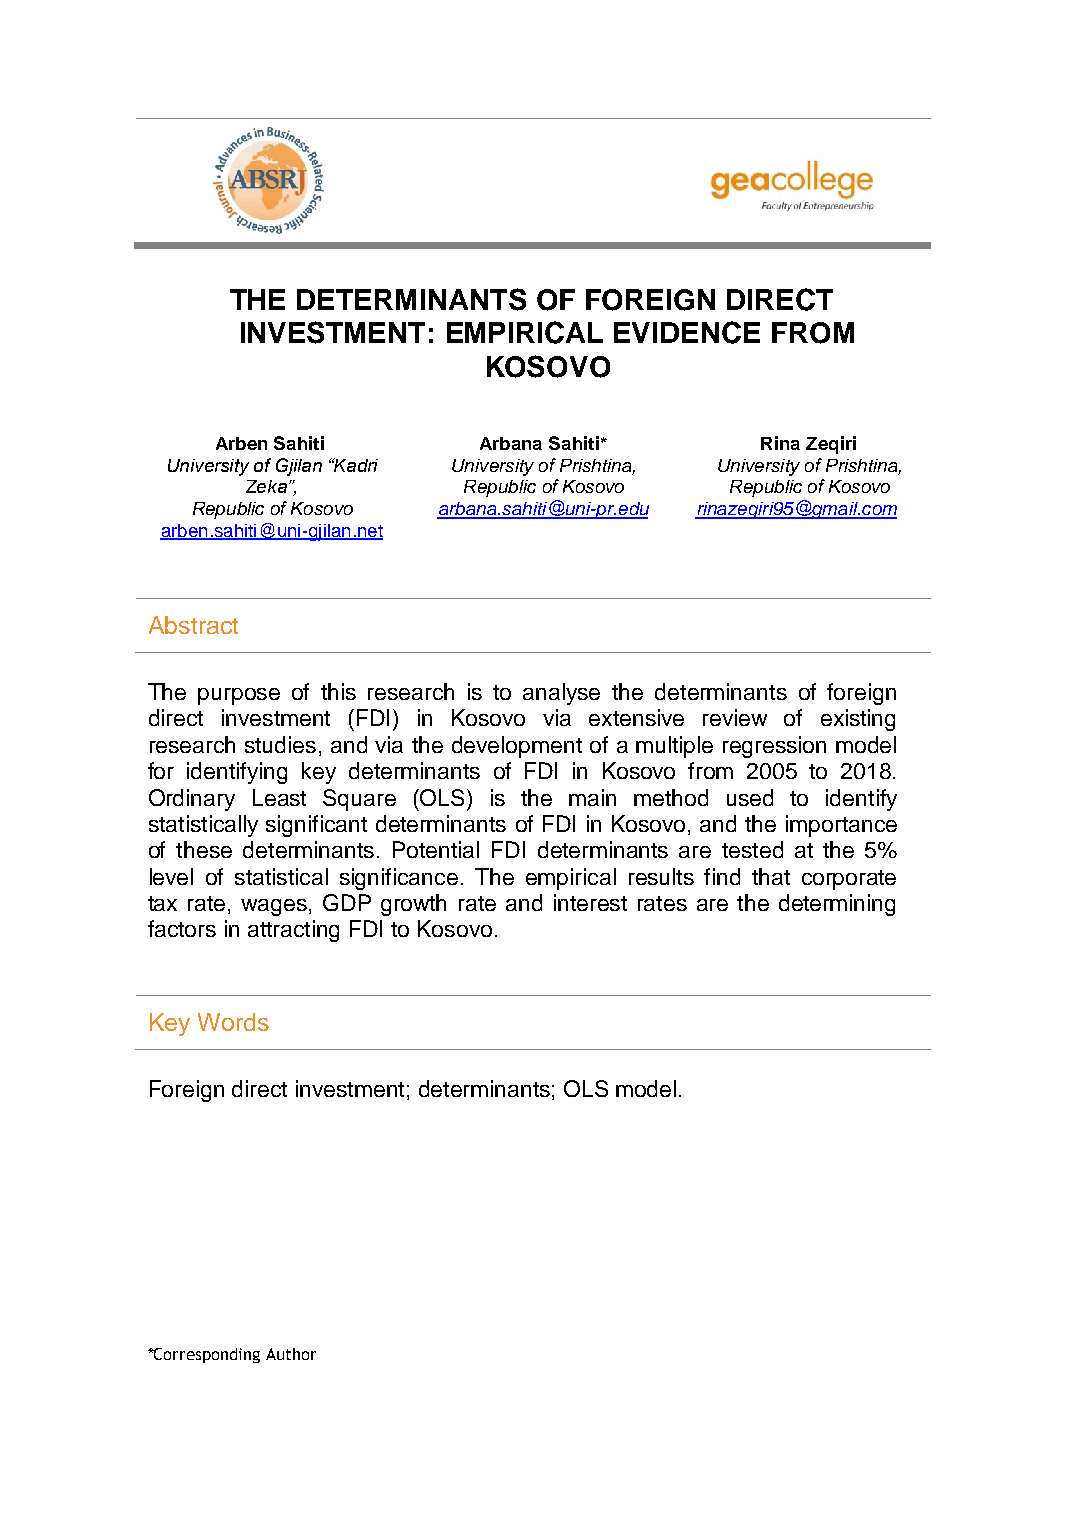
THE  DETERMINANTS   OF  FOREIGN  DIRECT
 INVESTMENT:  EMPIRICAL   EVIDENCE  FROM
 KOSOVO
 Arben Sahiti      Arbana Sahiti*    Rina Zeqiri
 University of Gjilan “Kadri University of Prishtina, University of Prishtina,
 Zeka”,         Republic of Kosovo Republic of Kosovo
 Republic of Kosovo arbana.sahiti@uni-pr.edu rinazeqiri95@gmail.com
 arben.sahiti@uni-gjilan.net
 Abstract
 The purpose of this research is to analyse the determinants of foreign
 direct investment (FDI) in Kosovo via extensive review of existing
 research studies, and via the development of a multiple regression model
 for identifying key determinants of FDI in Kosovo from 2005 to 2018.
 Ordinary Least Square (OLS) is the main method used to identify
 statistically significant determinants of FDI in Kosovo, and the importance
 of these determinants. Potential FDI determinants are tested at the 5%
 level of statistical significance. The empirical results find that corporate
 tax rate, wages, GDP growth rate and interest rates are the determining
 factors in attracting FDI to Kosovo.
 Key Words
 Foreign direct investment; determinants; OLS model.
 *Corresponding Author